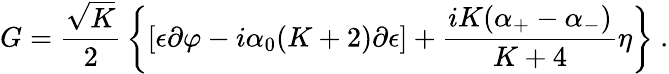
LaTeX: G={\frac{\sqrt{K}}{2}}\left\{ [\epsilon\partial\varphi-i{\alpha_{0}}(K+2)\partial{\epsilon}]+{\frac{iK({{\alpha}_{+}}-{{\alpha}_{-}})}{K+4}}\eta\right\} {}~.